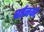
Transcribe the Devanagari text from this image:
बर्तनको